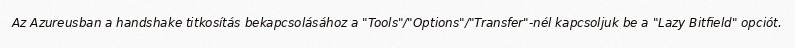
Az Azureusban a handshake titkosítás bekapcsolásához a "Tools"/"Options"/"Transfer"-nél kapcsoljuk be a "Lazy Bitfield" opciót.